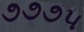
૭૭૭૫